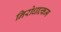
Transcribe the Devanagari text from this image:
निरोधात्कम